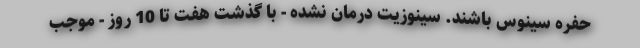
حفره سینوس باشند. سینوزیت درمان نشده - با گذشت هفت تا 10 روز - موجب